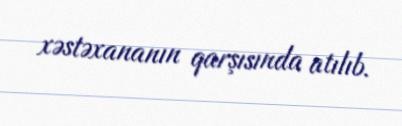
xəstəxananın qarşısında atılıb.